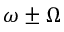
\omega \pm \Omega